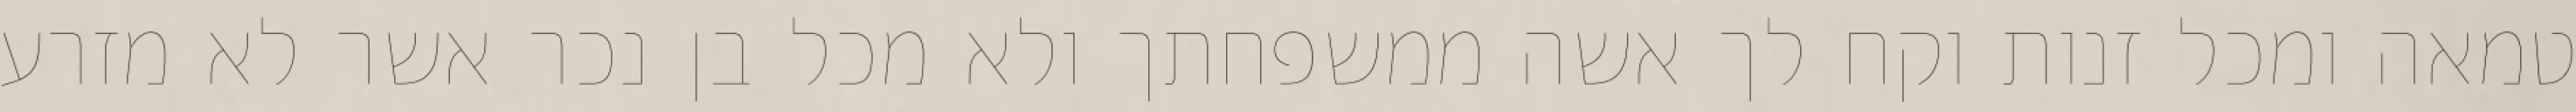
טמאה ומכל זנות וקח לך אשה ממשפחתך ולא מכל בן נכר אשר לא מזרע